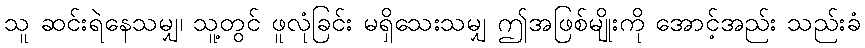
သူ ဆင်းရဲနေသမျှ၊ သူ့တွင် ဖူလုံခြင်း မရှိသေးသမျှ ဤအဖြစ်မျိုးကို အောင့်အည်း သည်းခံ